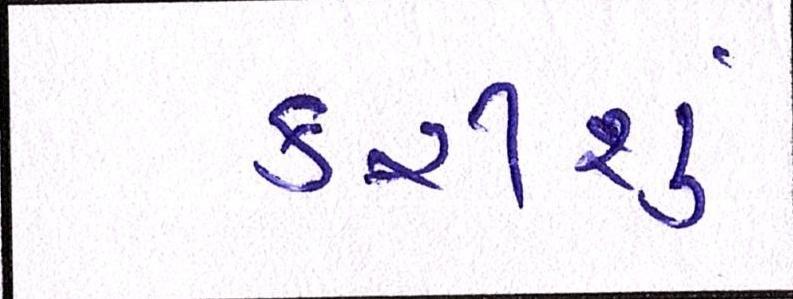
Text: કરીશું